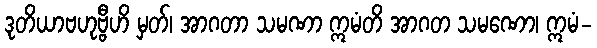
ဒုတိယာဗဟုဗ္ဗီဟိ မှတ်၊ အာဂတာ သမဏာ ဣမံတိ အာဂတ သမဏော၊ ဣမံ-